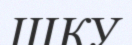
ШКУ